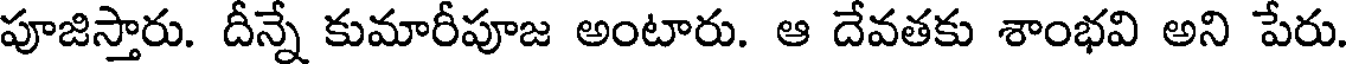
పూజిస్తారు. దీన్నే కుమారీపూజ అంటారు. ఆ దేవతకు శాంభవి అని పేరు.